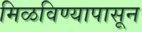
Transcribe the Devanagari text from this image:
मिळविण्यापासून